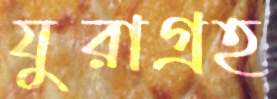
যুরাগ্রহ